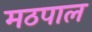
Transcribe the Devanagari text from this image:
मठपाल